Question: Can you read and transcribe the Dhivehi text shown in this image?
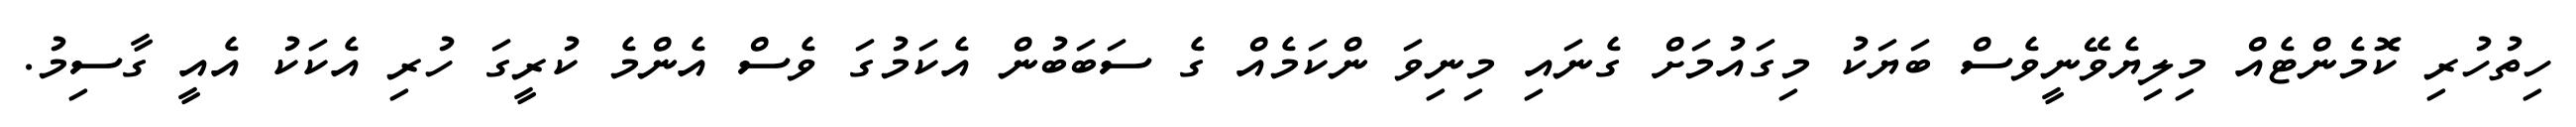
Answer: ހިތުހުރި ކޮމެންޓެއް މިލިޔެވޭނީވެސް ބަޔަކު މިގައުމަށް ގެނައި މިނިވަ ންކަމެއް ގެ ސަބަބުން އެކަމުގަ ވެސް އެންމެ ކުރީގަ ހުރި އެކަކު އެއީ ގާސިމު.